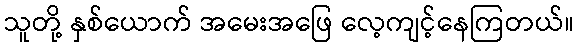
သူတို့ နှစ်ယောက် အမေးအဖြေ လေ့ကျင့်နေကြတယ်။